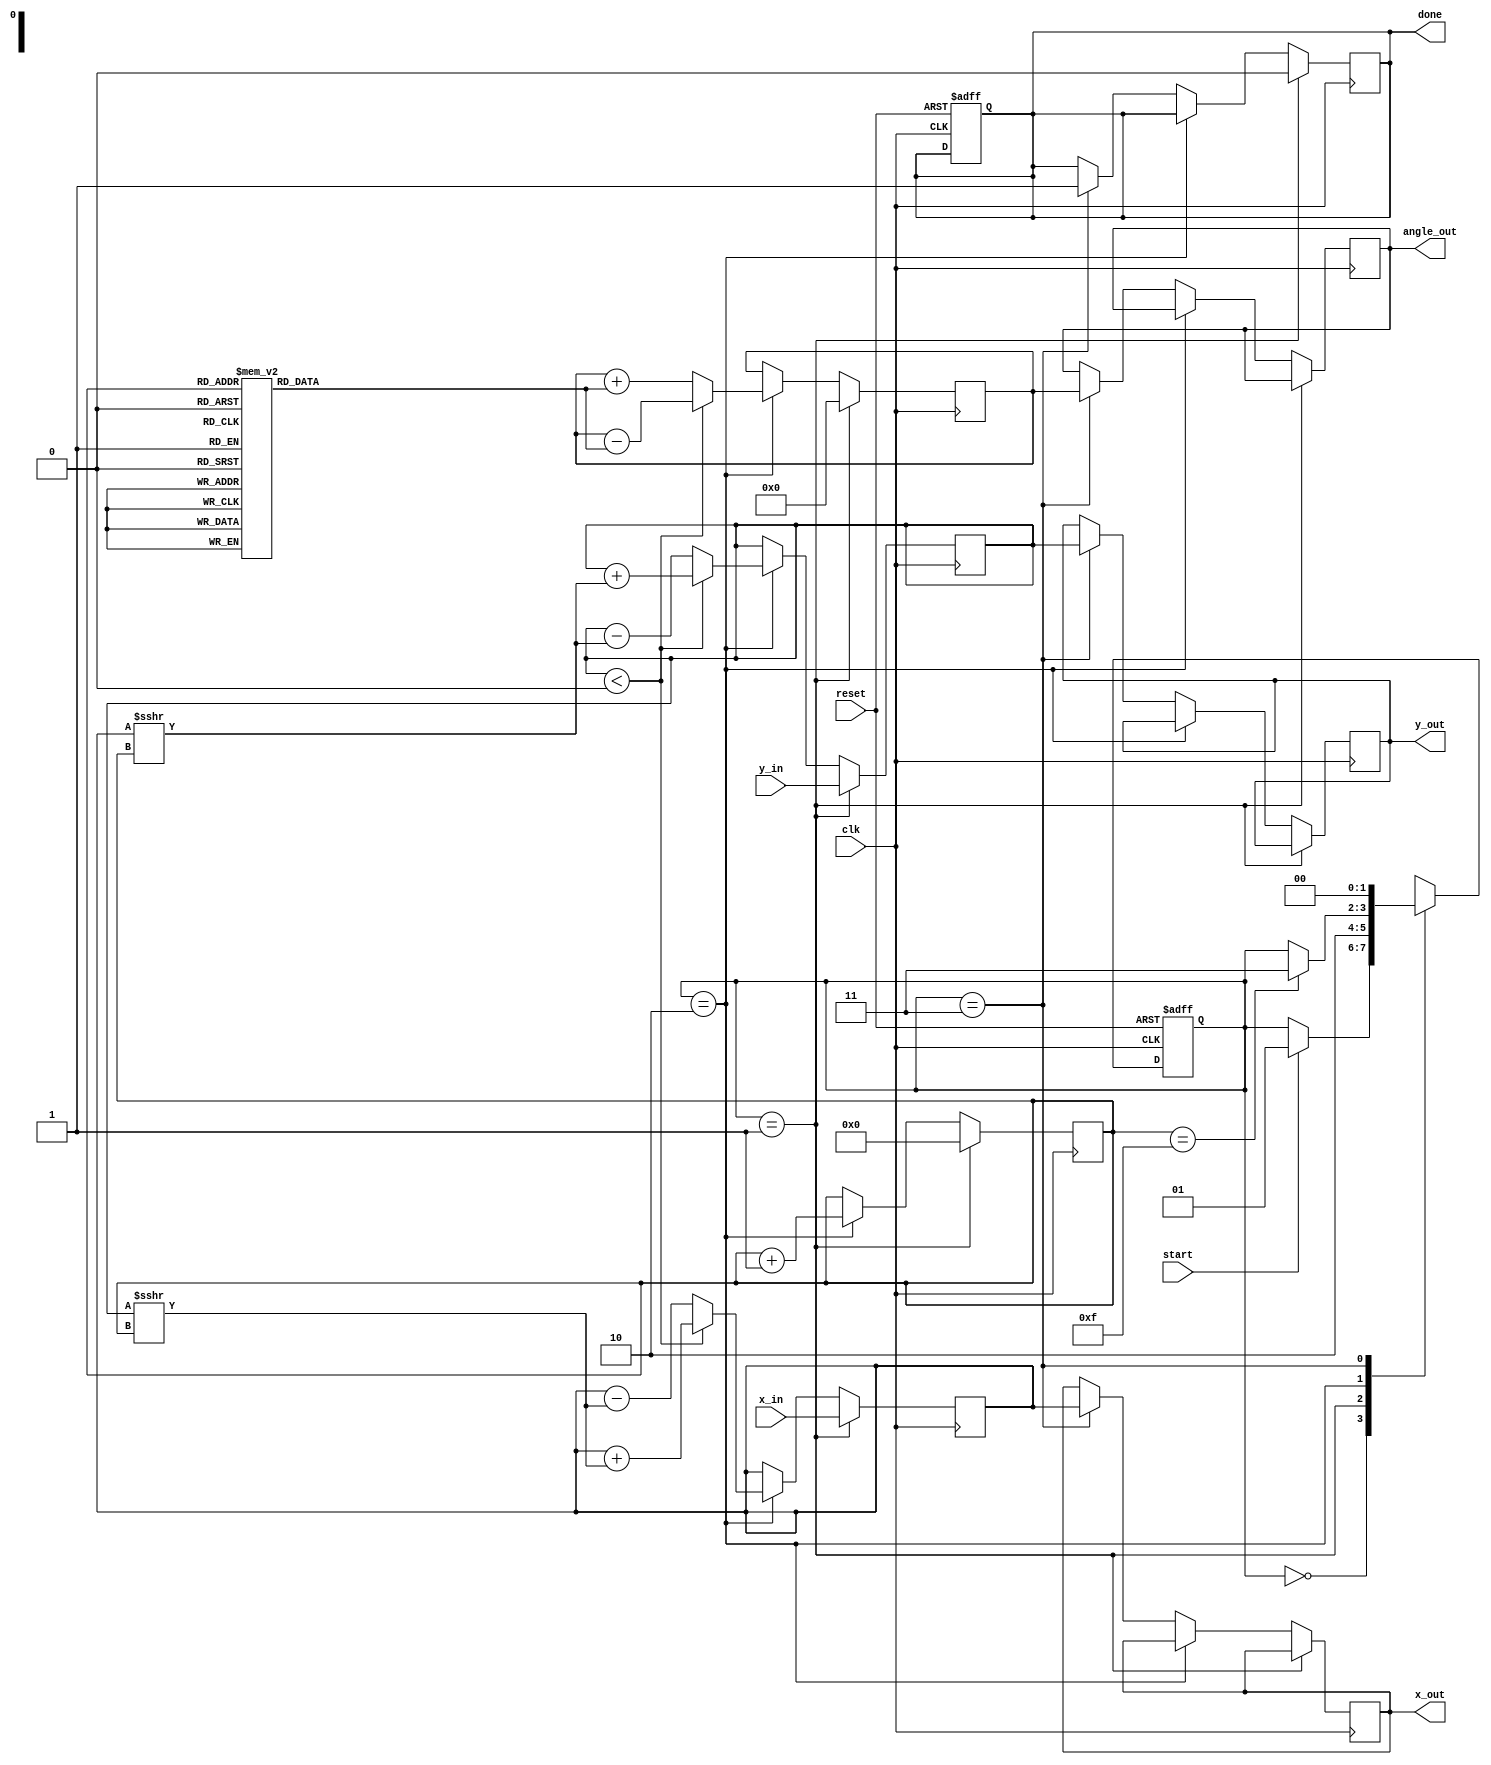
module vectoring_cordic #(
    parameter DATA_WIDTH = 16,
    parameter NUM_ITERATIONS = 16
)(
    input wire clk,
    input wire reset,
    input wire start,
    input wire signed [DATA_WIDTH-1:0] x_in,
    input wire signed [DATA_WIDTH-1:0] y_in,
    output reg signed [DATA_WIDTH-1:0] x_out,
    output reg signed [DATA_WIDTH-1:0] y_out,
    output reg signed [DATA_WIDTH-1:0] angle_out,
    output reg done
);

    // Preset values for arctan(2^-i) for i = 0 to NUM_ITERATIONS-1
    reg signed [DATA_WIDTH-1:0] atan_lookup [0:NUM_ITERATIONS-1];
    initial begin
        atan_lookup[0] = 16'h3FFF;  // atan(1) = pi/4 in fixed-point
        atan_lookup[1] = 16'h2000;  // atan(1/2) = pi/8
        atan_lookup[2] = 16'h1333;  // atan(1/4)
        atan_lookup[3] = 16'h0A3D;  // atan(1/8)
        // Add more values as necessary for NUM_ITERATIONS
        // Ensure proper conversion from degrees to fixed point representation
    end

    // Internal registers
    reg signed [DATA_WIDTH-1:0] x_reg;
    reg signed [DATA_WIDTH-1:0] y_reg;
    reg signed [DATA_WIDTH-1:0] angle_reg;
    reg [3:0] iteration_count;

    // State machine for control
    reg [1:0] state, next_state;
    localparam IDLE = 2'b00,
               INIT = 2'b01,
               ITERATE = 2'b10,
               DONE = 2'b11;

    always @(posedge clk or posedge reset) begin
        if (reset) begin
            state <= IDLE;
            done <= 0;
        end else begin
            state <= next_state;
        end
    end

    always @(*) begin
        next_state = state;
        case(state)
            IDLE: begin
                if (start) begin
                    next_state = INIT;
                end
            end
            INIT: begin
                next_state = ITERATE;
            end
            ITERATE: begin
                if (iteration_count == NUM_ITERATIONS - 1) begin
                    next_state = DONE;
                end
            end
            DONE: begin
                next_state = IDLE;
            end
        endcase
    end

    always @(posedge clk) begin
        if (state == INIT) begin
            x_reg <= x_in;
            y_reg <= y_in;
            angle_reg <= 0;
            iteration_count <= 0;
            done <= 0;
        end else if (state == ITERATE) begin
            if (y_reg < 0) begin // Rotate clockwise
                x_reg <= x_reg + (y_reg >>> iteration_count);
                y_reg <= y_reg + (x_reg >>> iteration_count);
                angle_reg <= angle_reg - atan_lookup[iteration_count];
            end else begin // Rotate counterclockwise
                x_reg <= x_reg - (y_reg >>> iteration_count);
                y_reg <= y_reg - (x_reg >>> iteration_count);
                angle_reg <= angle_reg + atan_lookup[iteration_count];
            end
            iteration_count <= iteration_count + 1;
        end else if (state == DONE) begin
            x_out <= x_reg;
            y_out <= y_reg;
            angle_out <= angle_reg;
            done <= 1;
        end
    end

endmodule